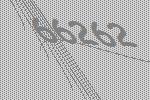
66262